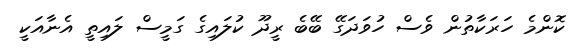
ކޮންމެ ހަރަކާތުން ވެސް ހުވަދަގޭ ބޭބެ ރީދޫ ކުލައިގެ ގަމީސް ލައިތީ އެނާއަކީ